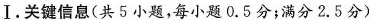
Ⅰ.关键信息(共5小题，每小题0.5分；满分2.5分)